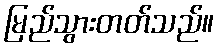
မြည်သွားတတ်သည်။